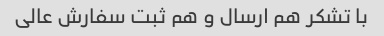
با تشکر هم‌ ارسال و هم ثبت سفارش عالی